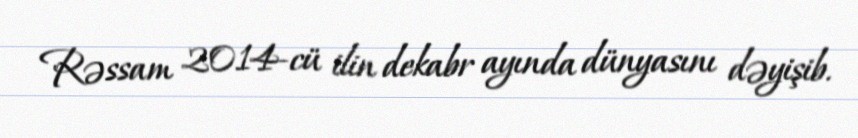
Rəssam 2014-cü ilin dekabr ayında dünyasını dəyişib.